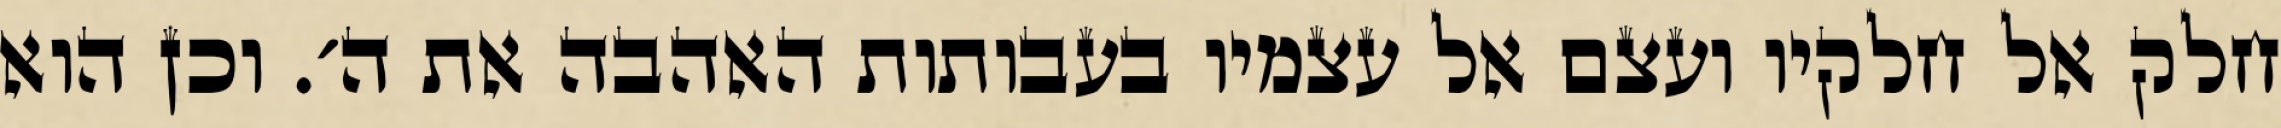
חלק אל חלקיו ועצם אל עצמיו בעבותות האהבה את ה׳. וכן הוא